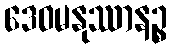
ဒေဝမနုဿာနဉ္စ